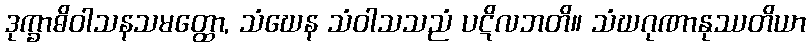
ဒုက္ခာဓိဝါသနသမတ္ထော, သံဃေန သံဝါသသညံ ပဋိလဘတိ။ သံဃဂုဏာနုဿတိယာ